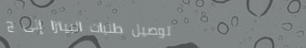
توصيل طلبات البيتزا إلى ج